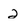
Character: 2